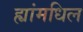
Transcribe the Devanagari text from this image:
ह्यांमधिल